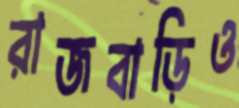
রাজবাড়িও